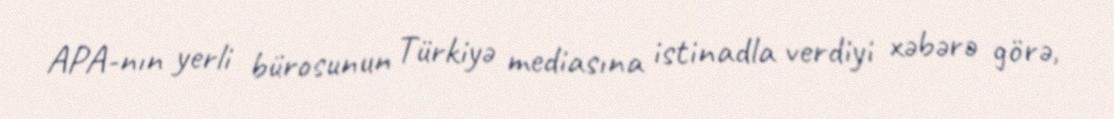
APA-nın yerli bürosunun Türkiyə mediasına istinadla verdiyi xəbərə görə,